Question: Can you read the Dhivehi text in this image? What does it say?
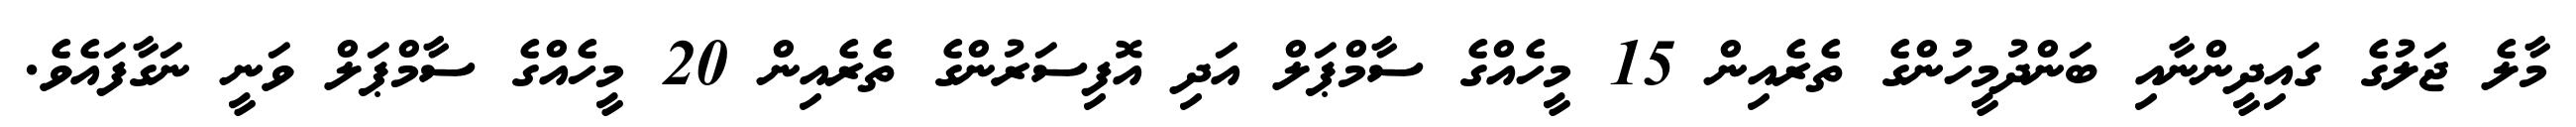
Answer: މާލެ ޖަލުގެ ގައިދީންނާއި ބަންދުމީހުންގެ ތެރެއިން 15 މީހެއްގެ ސާމްޕަލް އަދި އޮފިސަރުންގެ ތެރެއިން 20 މީހެއްގެ ސާމްޕަލް ވަނީ ނަގާފައެވެ.